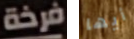
فرخة أيها